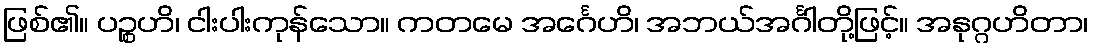
ဖြစ်၏။ ပဉ္စဟိ၊ ငါးပါးကုန်သော။ ကတမေ အင်္ဂေဟိ၊ အဘယ်အင်္ဂါတို့ဖြင့်။ အနုဂ္ဂဟိတာ၊